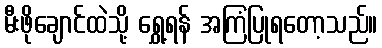
မီးဖိုချောင်ထဲသို့ ရွှေ့ရန် အကြံပြုရတော့သည်။